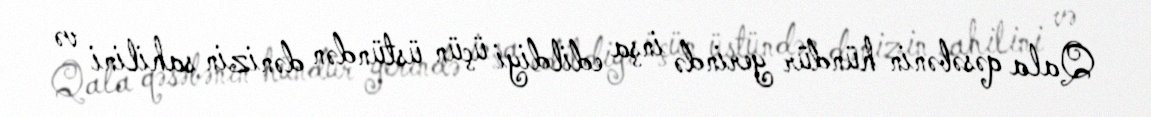
Qala qəsəbənin hündür yerində inşa edildiyi üçün üstündən dənizin sahilini və